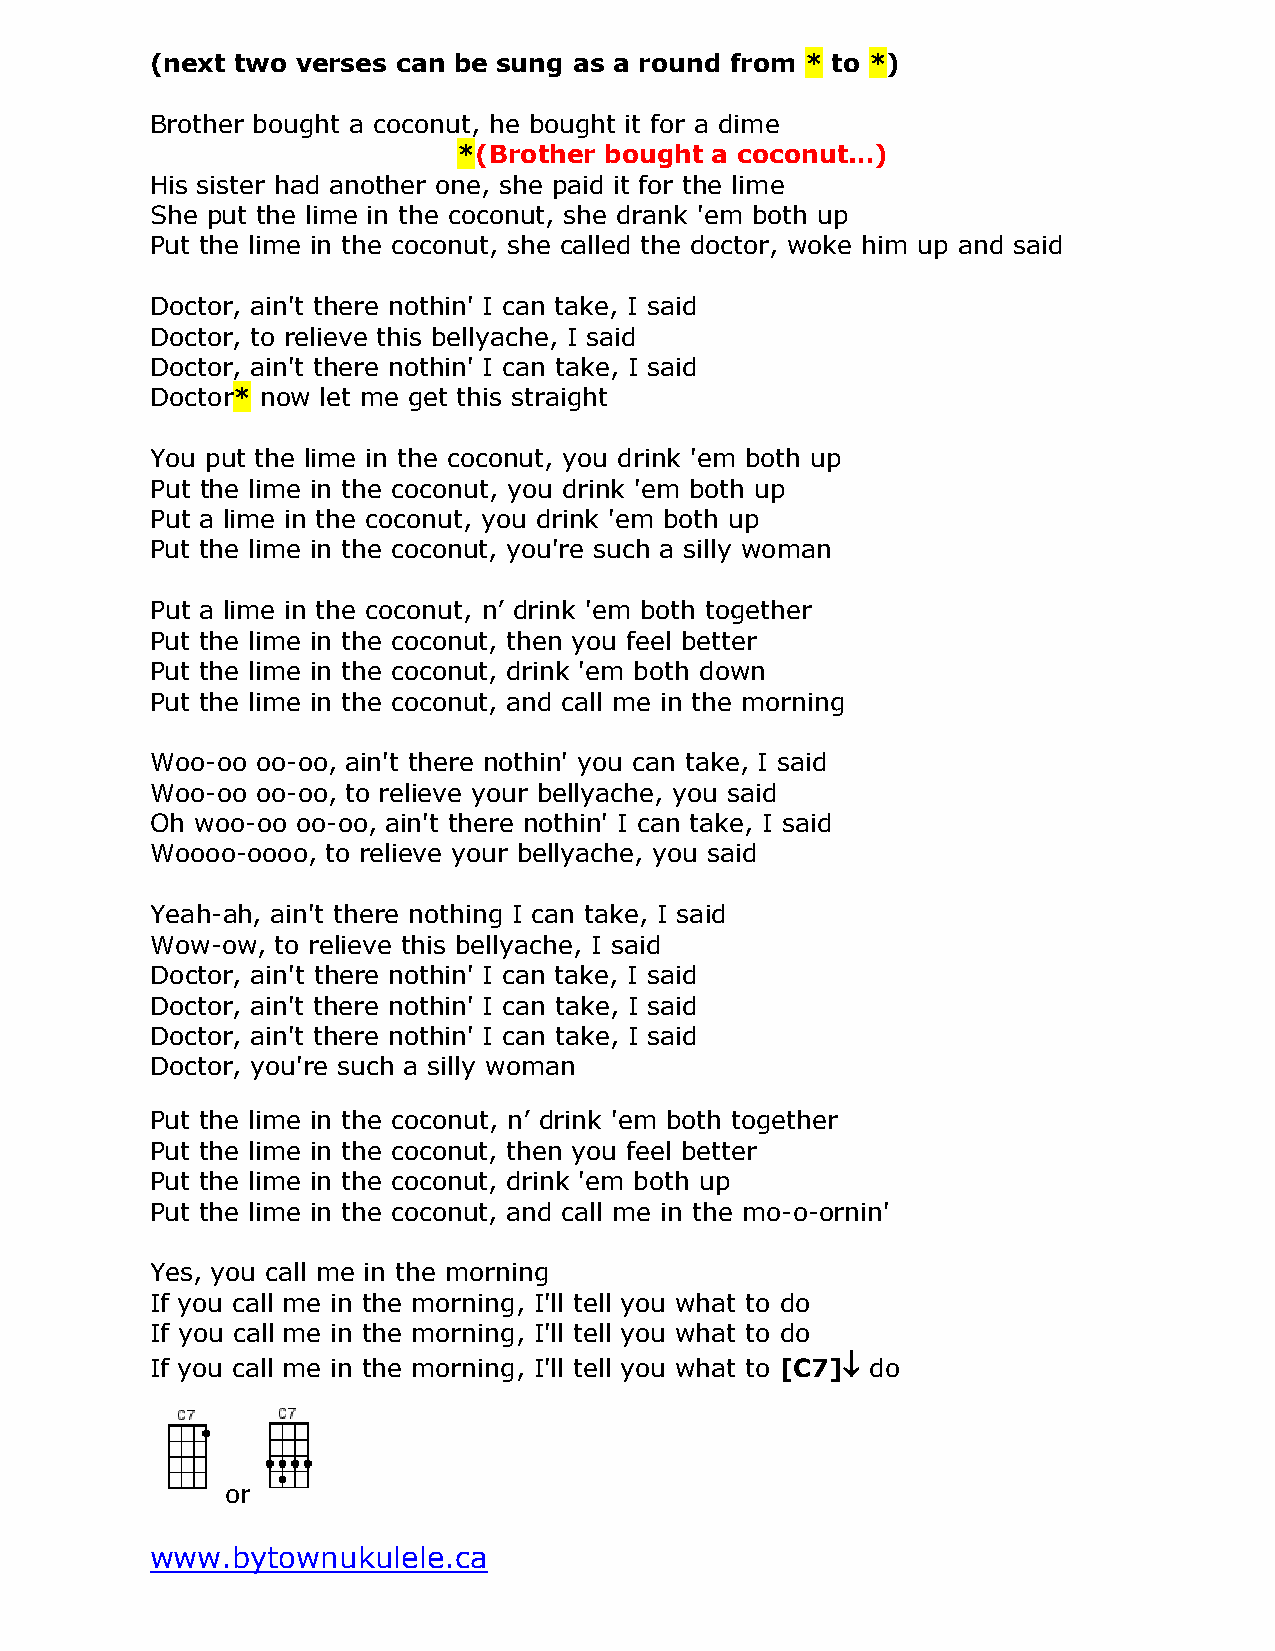
(next two verses can be sung as a round from * to *)
 Brother bought a coconut, he bought it for a dime
 *(Brother bought a coconut…)
 His sister had another one, she paid it for the lime
 She put the lime in the coconut, she drank 'em both up
 Put the lime in the coconut, she called the doctor, woke him up and said
 Doctor, ain't there nothin' I can take, I said
 Doctor, to relieve this bellyache, I said
 Doctor, ain't there nothin' I can take, I said
 Doctor* now let me get this straight
 You put the lime in the coconut, you drink 'em both up
 Put the lime in the coconut, you drink 'em both up
 Put a lime in the coconut, you drink 'em both up
 Put the lime in the coconut, you're such a silly woman
 Put a lime in the coconut, n’ drink 'em both together
 Put the lime in the coconut, then you feel better
 Put the lime in the coconut, drink 'em both down
 Put the lime in the coconut, and call me in the morning
 Woo-oo oo-oo, ain't there nothin' you can take, I said
 Woo-oo oo-oo, to relieve your bellyache, you said
 Oh woo-oo oo-oo, ain't there nothin' I can take, I said
 Woooo-oooo, to relieve your bellyache, you said
 Yeah-ah, ain't there nothing I can take, I said
 Wow-ow, to relieve this bellyache, I said
 Doctor, ain't there nothin' I can take, I said
 Doctor, ain't there nothin' I can take, I said
 Doctor, ain't there nothin' I can take, I said
 Doctor, you're such a silly woman
 Put the lime in the coconut, n’ drink 'em both together
 Put the lime in the coconut, then you feel better
 Put the lime in the coconut, drink 'em both up
 Put the lime in the coconut, and call me in the mo-o-ornin'
 Yes, you call me in the morning
 If you call me in the morning, I'll tell you what to do
 If you call me in the morning, I'll tell you what to do
 If you call me in the morning, I'll tell you what to [C7] do
 or
 www.bytownukulele.ca